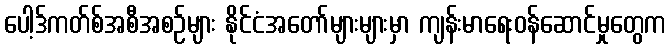
ပေါ့ဒ်ကတ်စ်အစီအစဉ်များ နိုင်ငံအတော်များများမှာ ကျန်းမာရေးဝန်ဆောင်မှုတွေက